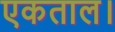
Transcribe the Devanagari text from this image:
एकताल।